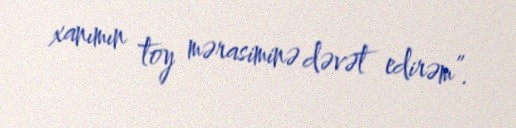
xanımın toy mərasiminə dəvət edirəm”.